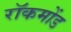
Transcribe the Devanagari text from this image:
रॉकमोंड